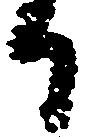
か